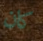
كان